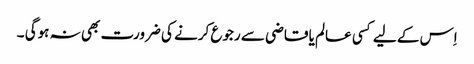
اِس کے لیے کسی عالم یا قاضی سے رجوع کرنے کی ضرورت بھی نہ ہوگی ۔